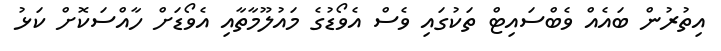
އިތުރުން ބައެއް ވެެބްސައިޓް ތަކުގައި ވެސް އެވޯޑުގެ މައުލޫމާތާއި އެވޯޑަށް ހާއްސަކޮށް ކަޅު